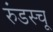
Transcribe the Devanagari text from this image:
रुंडस्चू